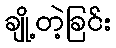
ချို့တဲ့ခြင်း